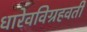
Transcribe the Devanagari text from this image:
धारेवविग्रहवती